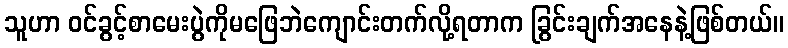
သူဟာ ဝင်ခွင့်စာမေးပွဲကိုမဖြေဘဲကျောင်းတက်လို့ရတာက ခြွင်းချက်အနေနဲ့ဖြစ်တယ်။